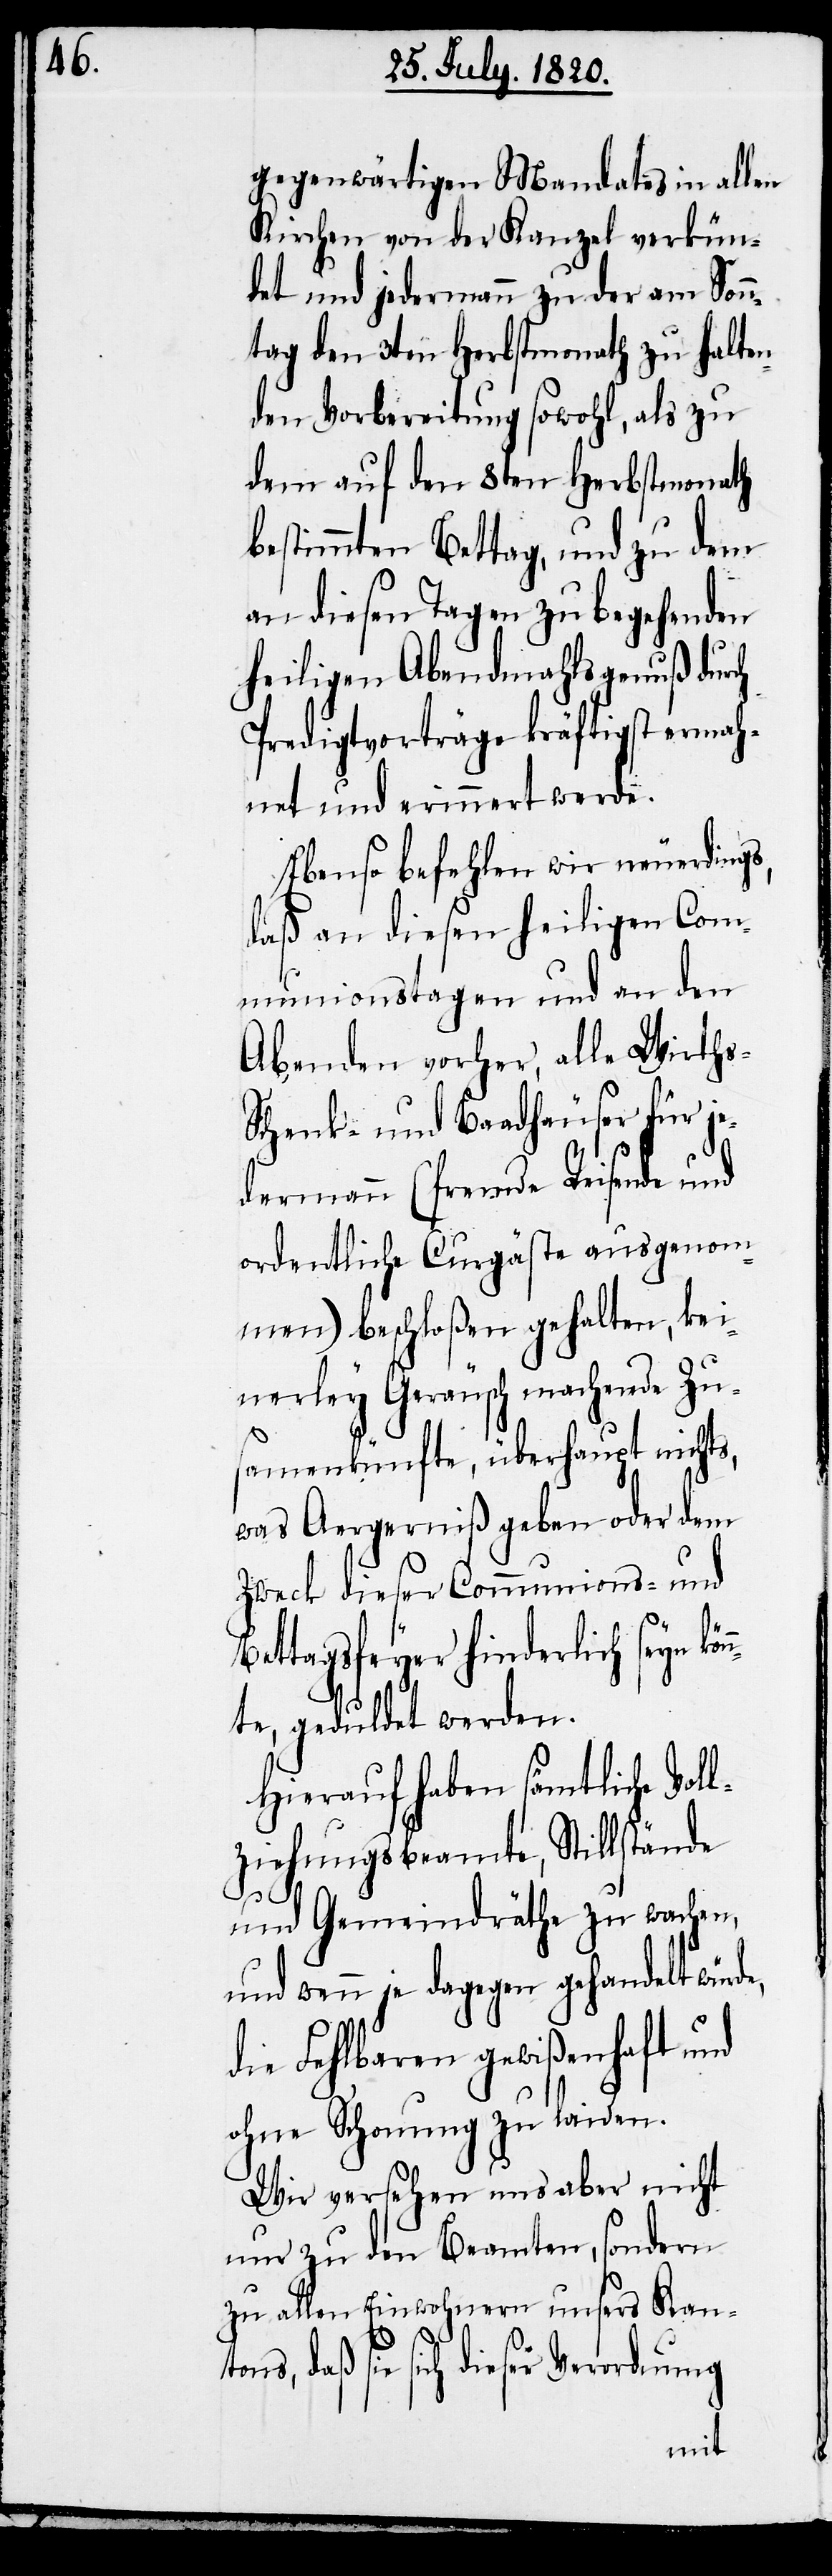
gegenwärtigen Mandates in allen
Kirchen von der Kanzel verkün¬
det und jedermann zu der am Sonn¬
tag den 3ten Herbstmonath zu halten¬
den Vorbereitung sowohl, als zu
dem auf den 8ten Herbstmonath
bestimmten Bettag, und zu dem
an diesen Tagen zu begehenden
heiligen Abendmahlsgenuß durch
Predigtvorträge kräftigst ermah¬
net und erinnert werde.
Ebenso befehlen wir neuerdings,
daß an diesen heiligen Comm¬
unicationstagen und an den
Abenden vorher, alle Wirth¬
chenk- und Baadhäuser für je¬
dermann (fremde Reisende und
ordentliche Curgäste ausgenom¬
men) beschloßen gehalten, kei¬
nerley Geräusch machende Zu¬
sammenkünfte, überhaupt nichts,
was Aergerniß geben oder dem
Zweck dieser Communions- und
Bettagsfeyer hinderlich seyn kön¬
nte, geduldet werden.
Hierauf haben sämtliche Vol¬
lziehungsbeamte, Stillstände
s-S¬
und Gemeindrähte zu wachen,
und wenn je dagegen gehandelt würde,
die Fehlbaren gewißenhaft und
ohne Schonung zu laiden.
Wir versehen uns aber nicht
nur zu den Beamten, sondern
zu allen Einwohnern unsers Kan¬
tons, daß sie sich dieser Verordnung